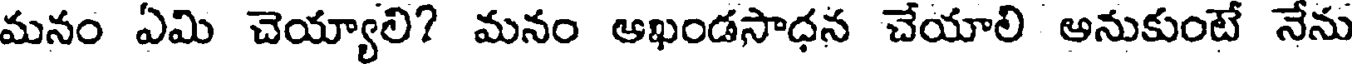
మనం ఏమి చెయ్యాలి? మనం ఆఖండసాధన చేయాలి అనుకుంటే నేను